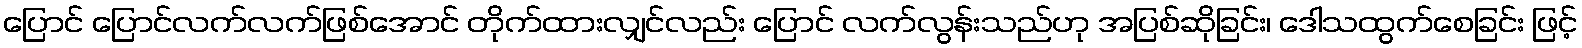
ပြောင် ပြောင်လက်လက်ဖြစ်အောင် တိုက်ထားလျှင်လည်း ပြောင် လက်လွန်းသည်ဟု အပြစ်ဆိုခြင်း၊ ဒေါသထွက်စေခြင်း ဖြင့်